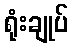
ရုံးချုပ်